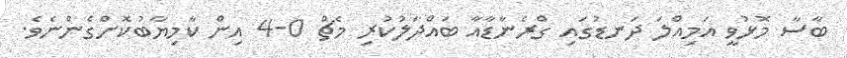
ބާސާ މޮޅުވީ އަމިއްލަ ދަނޑުގައި ގްރެނާޑާއާ ބައްދަލުކުރި މެޗް 0-4 އިން ކާމިޔާބުކޮށްގެންނެވެ.